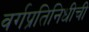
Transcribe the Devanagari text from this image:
वर्गप्रतिनिधीची